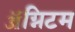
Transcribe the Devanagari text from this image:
ॲग्निटम